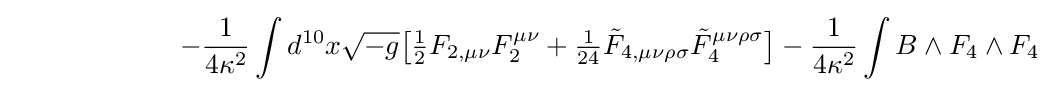
\ \ \ \ \ \ \ \ \ \ \ \ \ \ \ \ \ \ -{\frac {1}{4\kappa ^{2}}}\int d^{10}x{\sqrt {-g}}{\big [}{\tfrac {1}{2}}F_{2,\mu \nu }F_{2}^{\mu \nu }+{\tfrac {1}{24}}{\tilde {F}}_{4,\mu \nu \rho \sigma }{\tilde {F}}_{4}^{\mu \nu \rho \sigma }{\big ]}-{\frac {1}{4\kappa ^{2}}}\int B\wedge F_{4}\wedge F_{4}